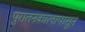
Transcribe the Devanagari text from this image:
पुरातनकालापासून